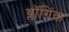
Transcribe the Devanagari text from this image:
ब्लॉगिंक